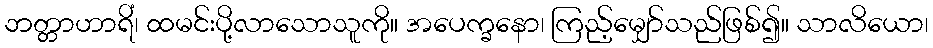
ဘတ္တာဟာရိံ၊ ထမင်းပို့လာသောသူကို။ အပေက္ခနော၊ ကြည့်မျှော်သည်ဖြစ်၍။ သာလိယော၊